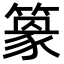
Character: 𥴎